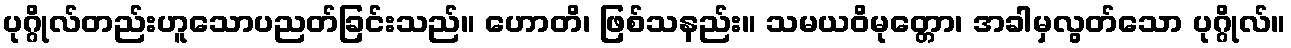
ပုဂ္ဂိုလ်တည်းဟူသောပညတ်ခြင်းသည်။ ဟောတိ၊ ဖြစ်သနည်း။ သမယဝိမုတ္တော၊ အခါမှလွတ်သော ပုဂ္ဂိုလ်။